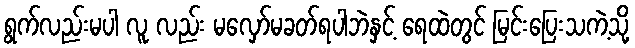
ရွက်လည်းမပါ လူ လည်း မလှော်မခတ်ရပါဘဲနှင့် ရေထဲတွင် မြင်းပြေးသကဲ့သို့